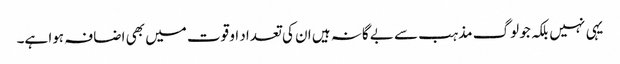
یہی نہیں بلکہ جو لوگ مذہب سے بے گانہ ہیں ان کی تعداد او قوت میں بھی اضافہ ہوا ہے۔